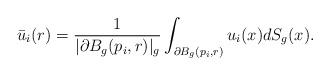
LaTeX: \begin{align*}\bar u_i(r) = \frac{1}{|\partial B_g(p_i, r)|_g}\int_{\partial B_g(p_i, r)} u_i(x)dS_g(x).\end{align*}